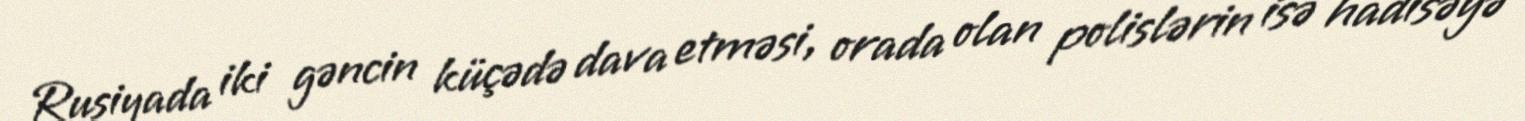
Rusiyada iki gəncin küçədə dava etməsi, orada olan polislərin isə hadisəyə